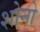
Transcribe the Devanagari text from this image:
शोनो